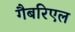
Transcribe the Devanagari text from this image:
गैबरिएल